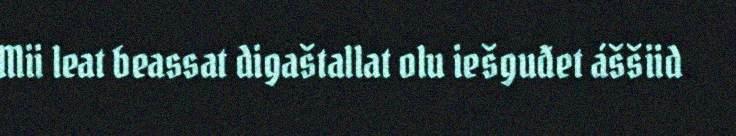
Mii leat beassat digaštallat olu iešguđet áššiid